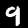
Digit: 9